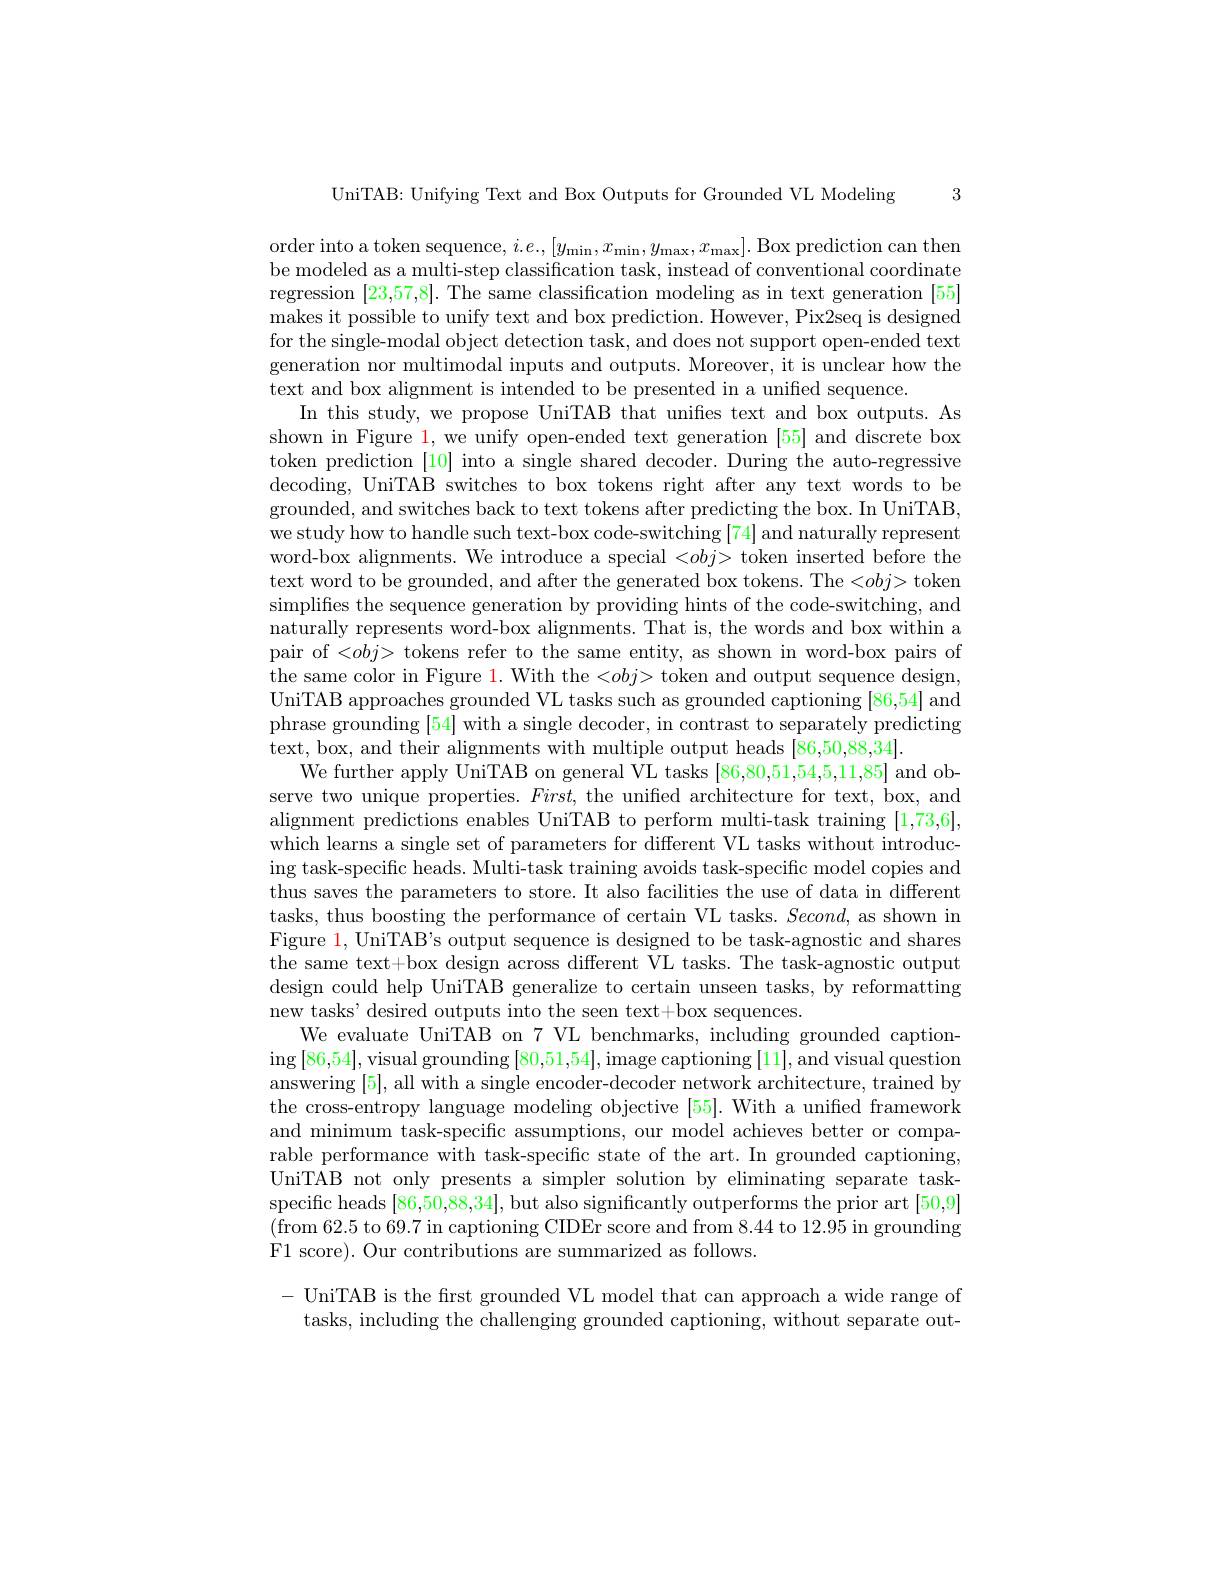
3

UniTAB: Unifying Text and Box Outputs for Grounded VL Modeling

order into a token sequence, $i.e.,[y_{\mathrm{min}},x_{\mathrm{min}},y_{\mathrm{max}},x_{\mathrm{max}}].$ Box prediction can then be modeled as a multi-step classification task, instead of conventional coordinate regression [23,57,8]. The same classification modeling as in text generation [55] makes it possible to unify text and box prediction. However, Pix2seq is designed for the single-modal object detection task, and does not support open-ended text generation nor multimodal inputs and outputs. Moreover, it is unclear how the text and box alignment is intended to be presented in a unified sequence.
In this study, we propose UniTAB that unifies text and box outputs. As shown in Figure 1, we unify open-ended text generation [55] and discrete box token prediction [10] into a single shared decoder. During the auto-regressive decoding, UniTAB switches to box tokens right after any text words to be grounded, and switches back to text tokens after predicting the box. In UniTAB, we study how to handle such text-box code-switching [74] and naturally represent word-box alignments. We introduce a special <$obj>$ token inserted before the text word to be grounded, and after the generated box tokens. The <$obj>$ token simplifies the sequence generation by providing hints of the code-switching, and naturally represents word-box alignments. That is, the words and box within a pair of <obj> tokens refer to the same entity, as shown in word-box pairs of the same color in Figure 1. With the <obj> token and output sequence design, UniTAB approaches grounded VL tasks such as grounded captioning [86,54] and phrase grounding [54] with a single decoder, in contrast to separately predicting text, box, and their alignments with multiple output heads [86,50,88,34].
We further apply UniTAB on general VL tasks [86,80,51,54,5,11,85] and observe two unique properties. $First$, the unified architecture for text, box, and alignment predictions enables UniTAB to perform multi-task training [1,73,6], which learns a single set of parameters for different VL tasks without introducing task-specific heads. Multi-task training avoids task-specific model copies and thus saves the parameters to store. It also facilities the use of data in different tasks, thus boosting the performance of certain VL tasks. $Second$, as shown in Figure 1, UniTAB's output sequence is designed to be task-agnostic and shares the same text+box design across different VL tasks. The task-agnostic output design could help UniTAB generalize to certain unseen tasks, by reformatting new tasks' desired outputs into the seen text+box sequences.
We evaluate UniTAB on 7 VL benchmarks, including grounded caption- $\operatorname{ing}[86,54]$,visual grounding [80,51,54],image captioning[11],and visual question answering [5], all with a single encoder-decoder network architecture, trained by the cross-entropy language modeling objective [55]. With a unified framework and minimum task-specific assumptions, our model achieves better or comparable performance with task-specific state of the art. In grounded captioning, UniTAB not only presents a simpler solution by eliminating separate taskspecific heads [86,50,88,34], but also significantly outperforms the prior art [50,9] (from 62.5 to 69.7 in captioning CIDEr score and from 8.44 to 12.95 in grounding F1 score). Our contributions are summarized as follows.
- UniTAB is the frst grounded VL model that can approach a wide range of

tasks, including the challenging grounded captioning, without separate out-